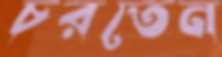
চরতেন